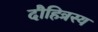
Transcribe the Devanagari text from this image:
दौहित्रस्य